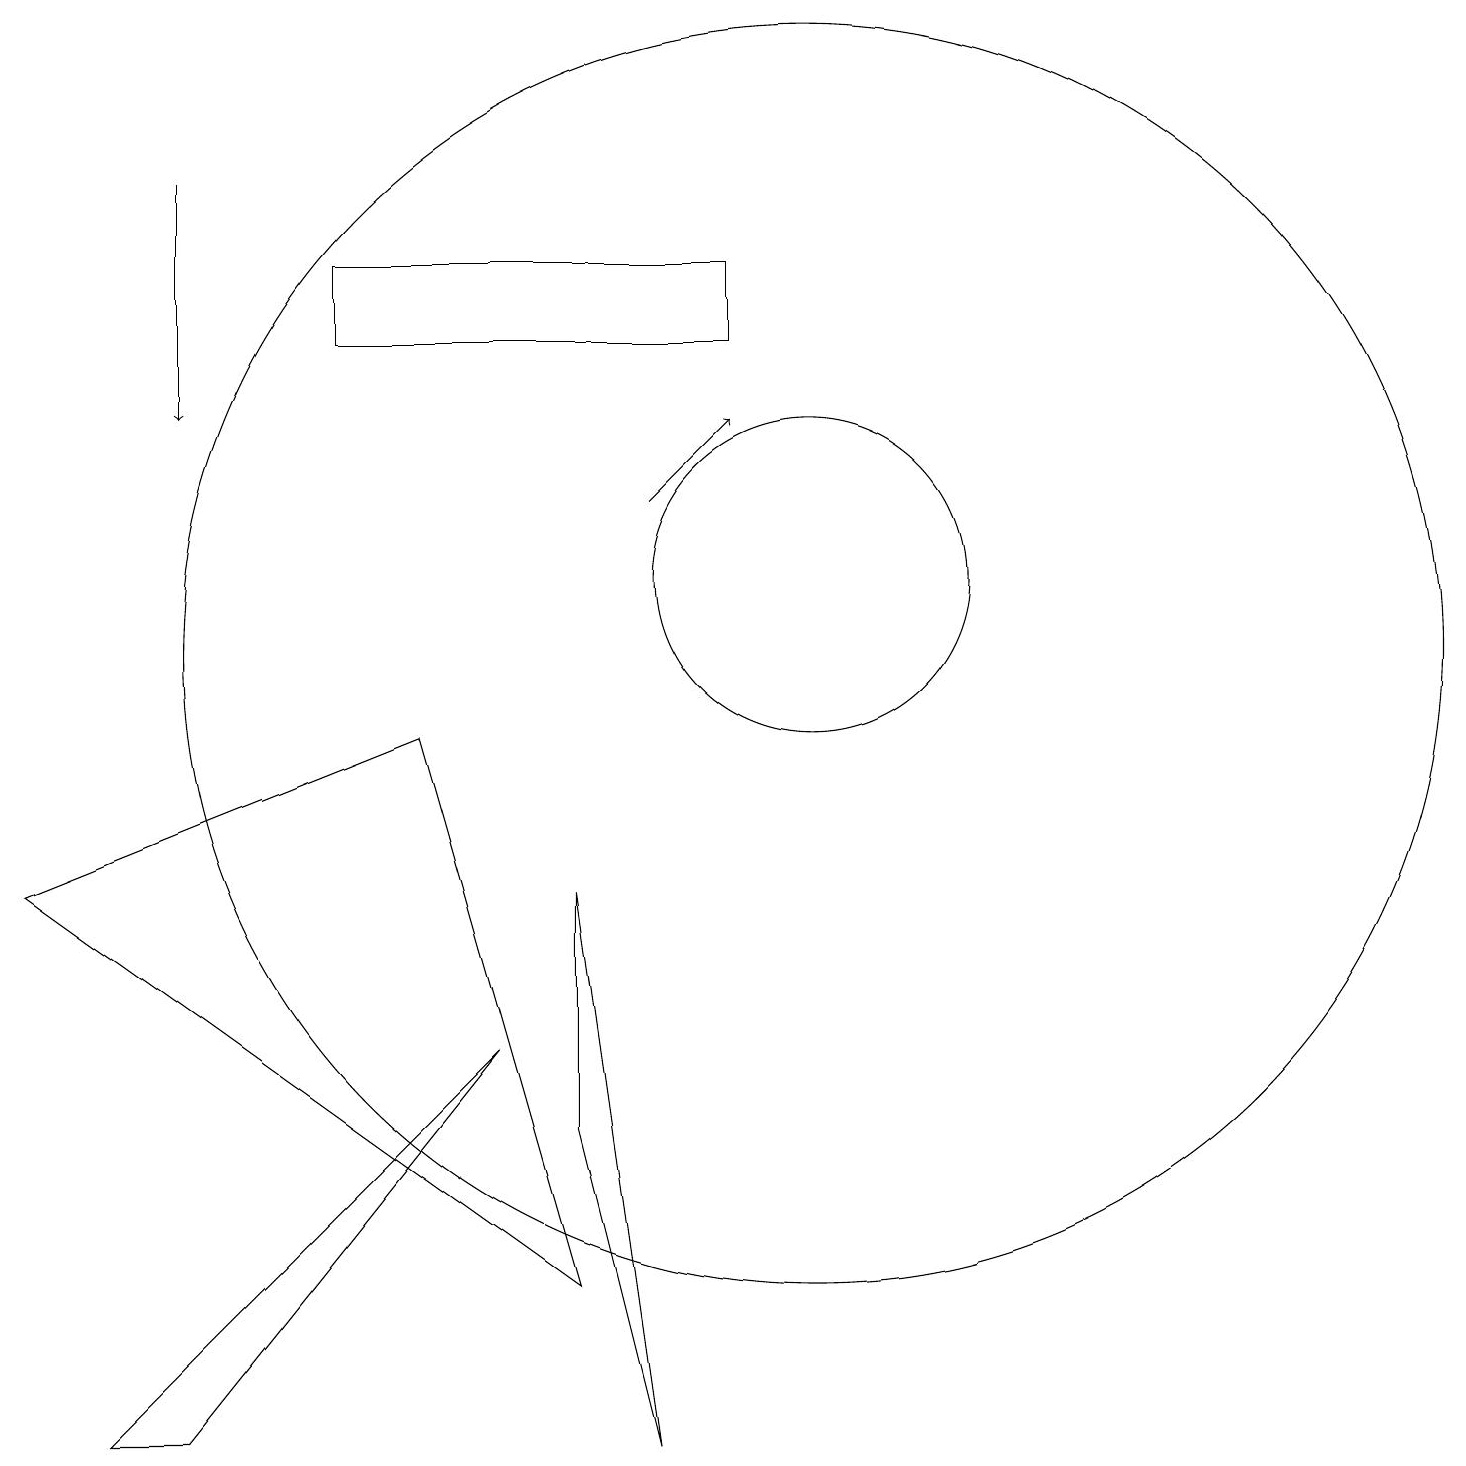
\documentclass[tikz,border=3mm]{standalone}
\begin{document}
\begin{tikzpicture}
\draw (9,14) rectangle (4,15);
\draw (10,10) circle (8);
\draw (6,5) -- (2,0) -- (1,0) -- cycle;
\draw[->] (8,12) -- (9,13);
\draw (8,0) -- (7,4) -- (7,7) -- cycle;
\draw (10,11) circle (2);
\draw[->] (2,16) -- (2,13);
\draw (7,2) -- (5,9) -- (0,7) -- cycle;
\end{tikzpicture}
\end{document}